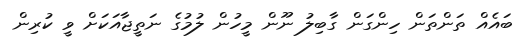
ބައެއް ތަންތަން ހިންގަން ގާބިލު ނޫން މީހުން ލުމުގެ ނަތީޖާއަކަށް ވީ ކުރިން